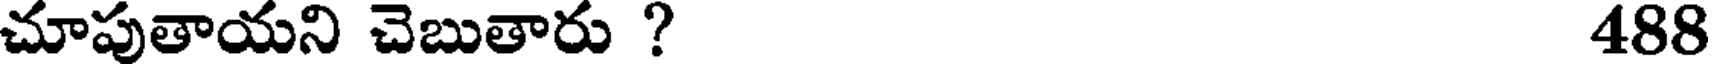
చూపుతాయని చెబుతారు ? 488